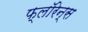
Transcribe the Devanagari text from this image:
फ्लाॅरेन्स